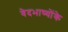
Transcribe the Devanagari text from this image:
वेदभाष्योंके